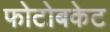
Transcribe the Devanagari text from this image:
फोटोबकेट